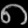
Digit: ၈